Annual statistical returns and brief notes on vaccination in Bengal - 1887-1898
Year: 1887
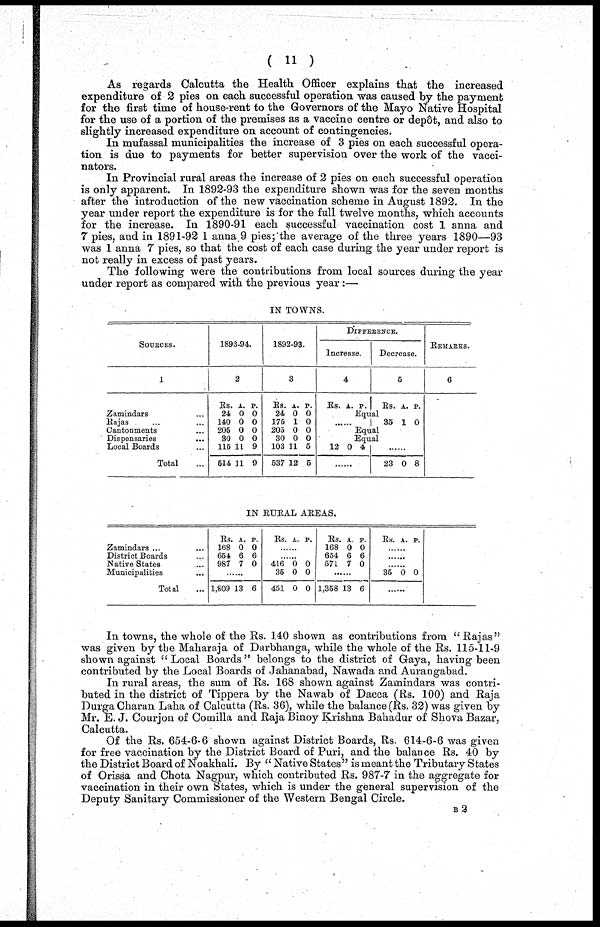
( 11 )
As regards Calcutta the Health Officer explains that the increased
expenditure of 2 pies on each successful operation was caused by the payment
for the first time of house-rent to the Governors of the Mayo Native Hospital
for the use of a portion of the premises as a vaccine centre or depôt, and also to
slightly increased expenditure on account of contingencies.
In mufassal municipalities the increase of 3 pies on each successful opera-
tion is due to payments for better supervision over the work of the vacci-
nators.
In Provincial rural areas the increase of 2 pies on each successful operation
is only apparent. In 1892-93 the expenditure shown was for the seven months
after the introduction of the new vaccination scheme in August 1892. In the
year under report the expenditure is for the full twelve months, which accounts
for the increase. In 1890-91 each successful vaccination cost 1 anna and
7 pies, and in 1891-92 1 anna 9 pies; the average of the three years 1890—93
was 1 anna 7 pies, so that the cost of each case during the year under report is
not really in excess of past years.
The following were the contributions from local sources during the year
under report as compared with the previous year:—
IN TOWNS.
SOURCES.
1
Zamindars ...
Rajas ... ...
Cantonments
Dispensaries
Local Boards
Total ...
1893-94.
2
Rs.
24
140
205
30
115
514
A.
0
0
0
0
11
11
P.
0
0
0
0
9
9
1892-93.
3
Rs.
24
175
205
30
103
537
A.
0
1
0
0
11
12
P.
0
0
0
0
5
5
DIFFERENCE.
Increase.
4
Rs. A. P.
Decrease.
5
Rs. A. P.
Equal
35 1 0
Equal
Eaual
12 0 4
......
......
23 0 8
REMARKS.
6
IN RURAL AREAS.
Zamindars ... ...
District Boards ...
Native States ...
Municipalities ...
Total ...
Rs.
168
654
987
A.
0
6
7
P.
0
6
0
......
1,809 13 6
Rs. A. P.
......
......
416
35
451
0
0
0
0
0
0
Rs.
168
654
571
A.
0
6
7
P.
0
6
0
......
1,358 13 6
Rs. A. P.
......
......
......
35 0 0
......
In towns, the whole of the Rs. 140 shown as contributions from " Rajas''
was given by the Maharaja of Darbhanga, while the whole of the Rs. 115-11-9
shown against " Local Boards" belongs to the district of Gaya, having been
contributed by the Local Boards of Jahanabad, Nawada and Aurangabad.
In rural areas, the sum of Rs. 168 shown against Zamindars was contri-
buted in the district of Tippera by the Nawab of Dacca (Rs. 100) and Raja
Durga Charan Laha of Calcutta (Rs. 36), while the balance (Rs. 32) was given by
Mr. E. J. Courjon of Comilla and Raja Binoy Krishna Bahadur of Shova Bazar,
Calcutta.
Of the Rs. 654-6-6 shown against District Boards, Rs. 614-6-6 was given
for free vaccination by the District Board of Puri, and the balance Rs. 40 by
the District Board of Noakhali. By " Native States " is meant the Tributary States
of Orissa and Chota Nagpur, which contributed Rs. 987-7 in the aggregate for
vaccination in their own States, which is under the general supervision of the
Deputy Sanitary Commissioner of the Western Bengal Circle.
B 2